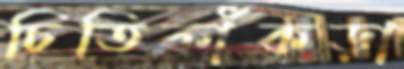
চিতিকাঁকড়া